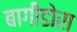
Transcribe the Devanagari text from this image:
बागीडोरा